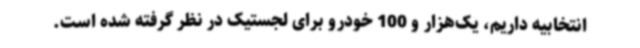
انتخابیه داریم، یک‌هزار و 100 خودرو برای لجستیک در نظر گرفته شده است.